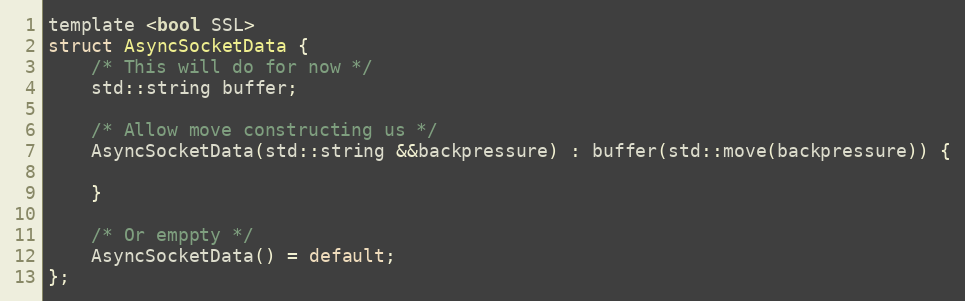
Language: C
template <bool SSL>
struct AsyncSocketData {
    /* This will do for now */
    std::string buffer;

    /* Allow move constructing us */
    AsyncSocketData(std::string &&backpressure) : buffer(std::move(backpressure)) {

    }

    /* Or emppty */
    AsyncSocketData() = default;
};